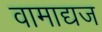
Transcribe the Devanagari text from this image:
वामाद्यज